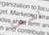
إنها